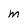
Character: m